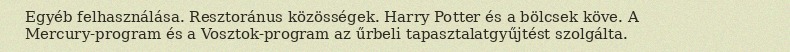
Egyéb felhasználása. Resztoránus közösségek. Harry Potter és a bölcsek köve. A Mercury-program és a Vosztok-program az űrbeli tapasztalatgyűjtést szolgálta.